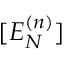
[ E _ { N } ^ { ( n ) } ]